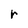
Character: r